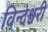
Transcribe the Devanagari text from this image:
विन्देश्वरी